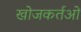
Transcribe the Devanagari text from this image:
खोजकर्तओं